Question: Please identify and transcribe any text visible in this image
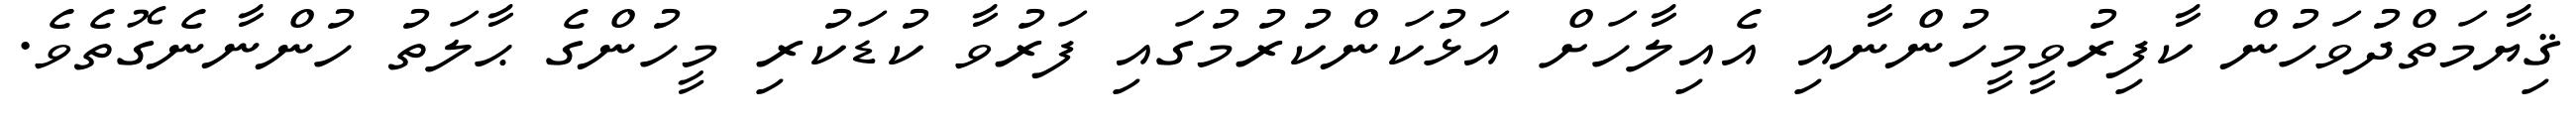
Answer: ޤިޔާމަތްދުވަހުން ކާފިރުވީމީހުންނާއި އެއިލާހަށް އަޅުކަންކުރުމުގައި ފަރުވާ ކުޑަކުރި މީހުންގެ ޙާލަތު ހުންނާނެގޮތެވެ.